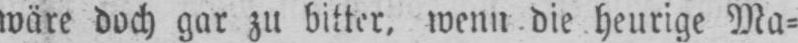
wäre doch gar zu bitter, wenn die heurige Ma⸗